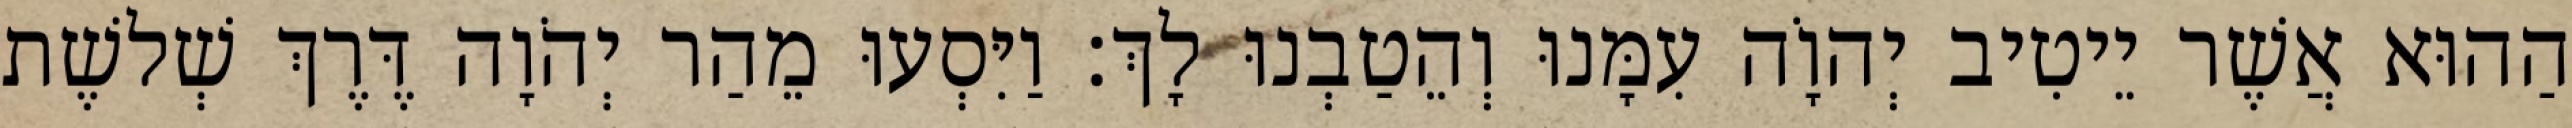
הַהוּא אֲשֶׁר יֵיטִיב יְהוָֹה עִמָּנוּ וְהֵטַבְנוּ לָךְ׃ וַיִּסְעוּ מֵהַר יְהֹוָה דֶּרֶךְ שְׁלשֶׁת